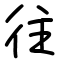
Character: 往